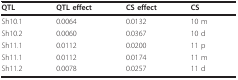
<table><thead><tr><td><b>QTL</b></td><td><b>QTL effect</b></td><td><b>CS effect</b></td><td><b>CS</b></td></tr></thead><tbody><tr><td>Sh10.1</td><td>0.0064</td><td>0.0132</td><td>10 m</td></tr><tr><td>Sh10.2</td><td>0.0060</td><td>0.0367</td><td>10 d</td></tr><tr><td>Sh11.1</td><td>0.0112</td><td>0.0200</td><td>11 p</td></tr><tr><td>Sh11.1</td><td>0.0112</td><td>0.0174</td><td>11 m</td></tr><tr><td>Sh11.2</td><td>0.0078</td><td>0.0257</td><td>11 d</td></tr></tbody></table>